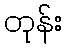
တုန်း